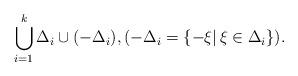
LaTeX: \begin{align*} \bigcup_{i=1}^k \Delta_i \cup (-\Delta_i), (-\Delta_i = \{-\xi|\, \xi\in \Delta_i\}). \end{align*}